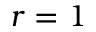
r = 1